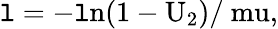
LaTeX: \mathtt{l}=-\mathrm{{{\mathtt{l}n}(1-U_{2})/\ mu,}}